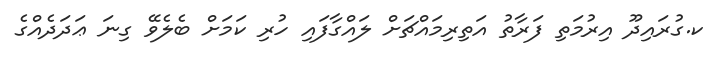
ކ.ގުރައިދޫ އިރުމަތި ފަރާތު އަތިރިމައްޗަށް ލައްގާފައި ހުރި ކަމަށް ބެލެވޭ ގިނަ ޢަދަދެއްގެ